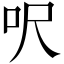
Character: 呎